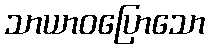
သာယာဝပြောသော